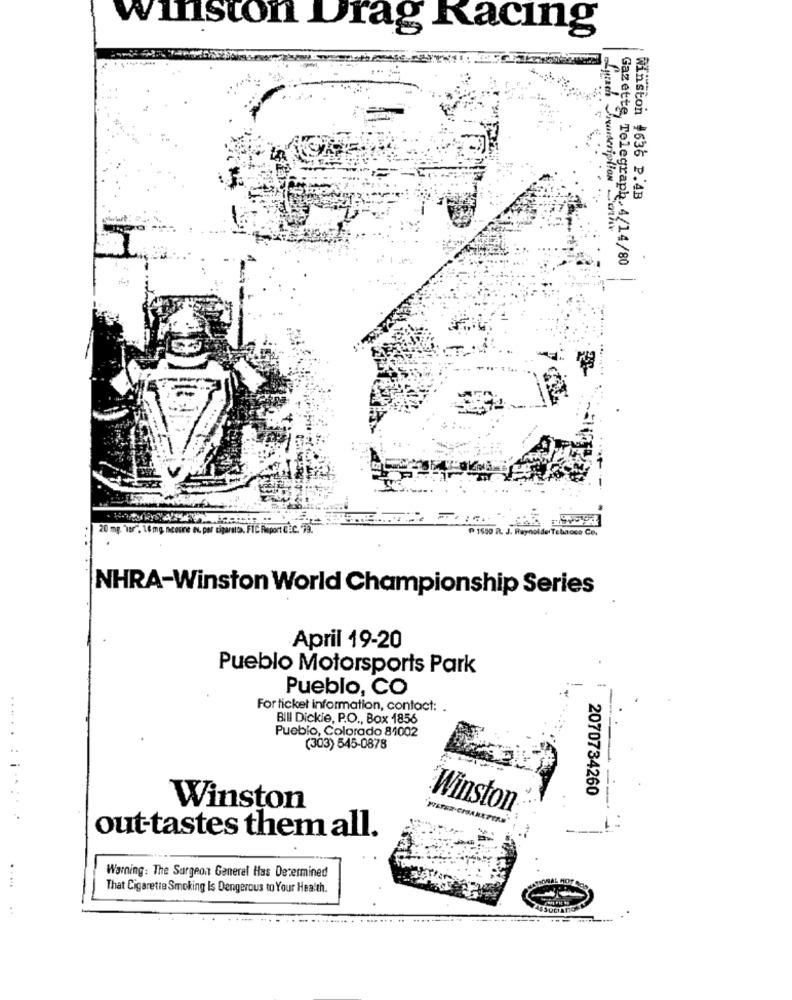
winston Drag Racing
Jrconscription
Winston #636 P.4B
Gazette, Telegraph, 4/14/80
ynof de Tebanco Ce.
NHRA-Winston World Championship Series
April 19-20
Pueblo Motorsports Park
Pueblo, CO
1
-
For ticket information, contact:
BIII Dickie, P.O ., Box 1856
Pueblo, Colorado 81002
(303) 545-0878
2070734260
Winston
Winston
. .......
out tastes them all.
Warning: The Surgeon General Has Determined
That Cigarette Smoking Is Dangerous to Your Health.